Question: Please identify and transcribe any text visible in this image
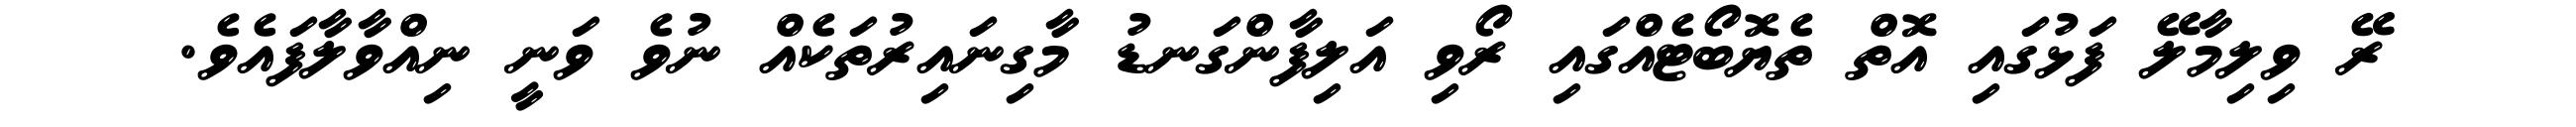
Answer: ރޭ ވިލިމާލޭ ފަޅުގައި އޮތް ތެޔޮބޯޓެއްގައި ރޯވި އަލިފާންގަނޑު މާގިނައިރުތަކެއް ނުވެ ވަނީ ނިއްވާލާފައެވެ.